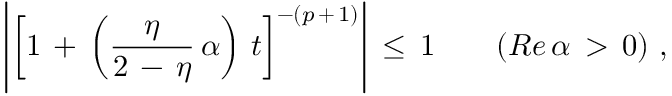
\left| \left[ 1 \, + \, \left( \frac { \eta } { 2 \, - \, \eta } \, \alpha \right) \, t \right] ^ { - ( p \, + \, 1 ) } \right| \, \leq \, 1 \qquad ( R e \, \alpha \, > \, 0 ) \, \, ,